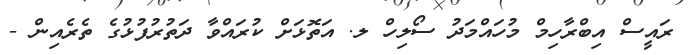
ރައީސް އިބްރާހިިމް މުހައްމަދު ސޯލިހް ލ. އަތޮޅަށް ކުރައްވާ ދަތުރުފުޅުގެ ތެރެއިން -